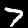
Label: 7